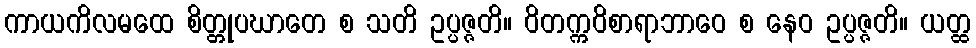
ကာယကိလမထေ စိတ္တုပဃာတေ စ သတိ ဥပ္ပဇ္ဇတိ။ ဝိတက္ကဝိစာရာဘာဝေ စ နေဝ ဥပ္ပဇ္ဇတိ။ ယတ္ထ